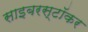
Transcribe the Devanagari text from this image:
साइबरस्टॉकर